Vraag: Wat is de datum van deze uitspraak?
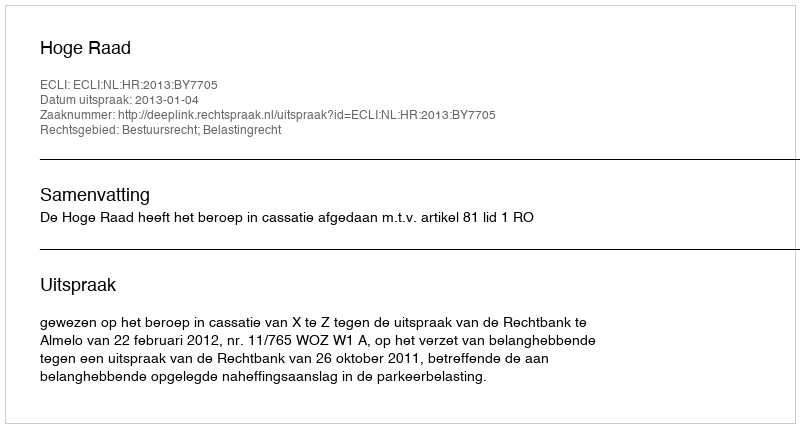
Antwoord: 2013-01-04